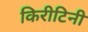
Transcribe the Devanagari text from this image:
किरीटिनी